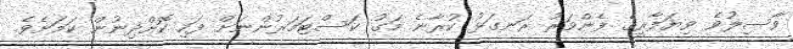
ވާސިލުވެ ވިޔަފާރީގެ ފެންވަރު ރަނގަޅު ކުރާނެ މަގު ކަސްޓަމަރުންނަށް ފަހި ކޮށްދިނުން ކަމަށެވެ.